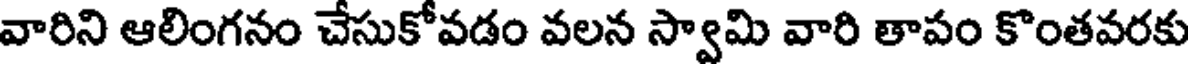
వారిని ఆలింగనం చేసుకోవడం వలన స్వామి వారి తాపం కొంతవరకు